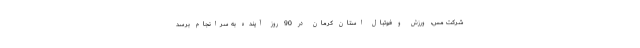
شرکت مس، ورزش و فوتبال استان کرمان در 90 روز آینده به سرانجام برسد